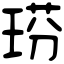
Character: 𤦈